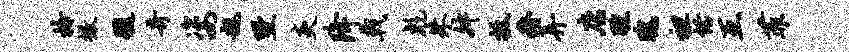
拎撤髓奇姿趄墅炎降戟彪朱舛抵瘠弄店醺瑰袒恬互菲